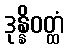
ဒုန္နိဝတ္ထံ